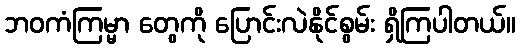
ဘဝကံကြမ္မာ တွေကို ပြောင်းလဲနိုင်စွမ်း ရှိကြပါတယ်။